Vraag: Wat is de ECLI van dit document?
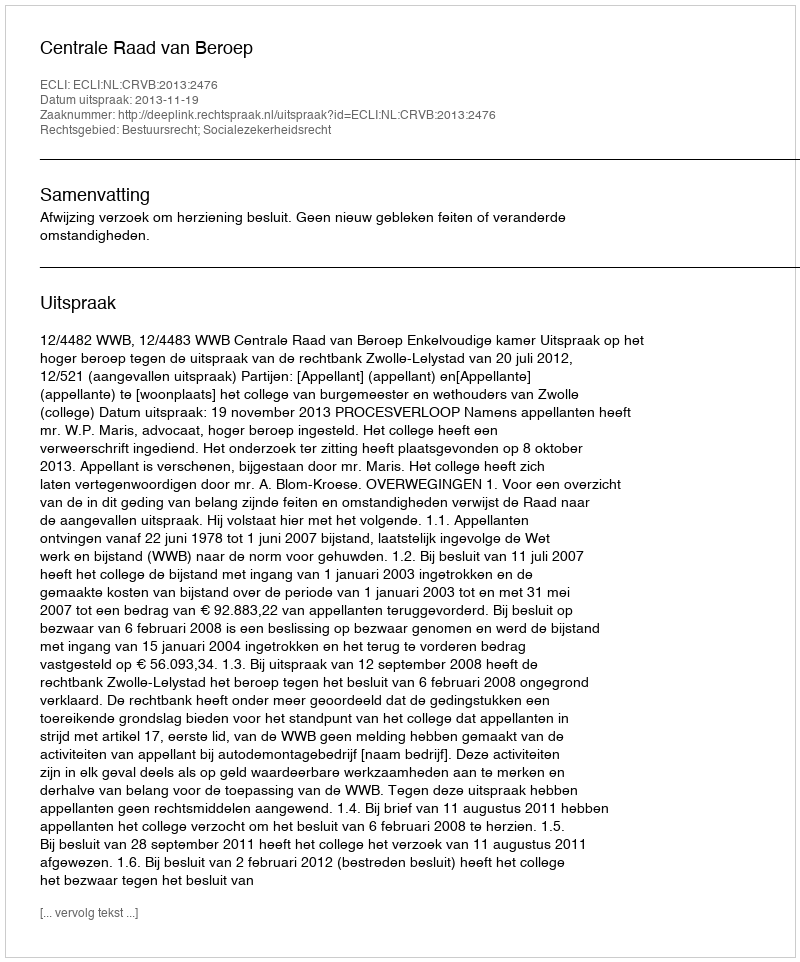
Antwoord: ECLI:NL:CRVB:2013:2476